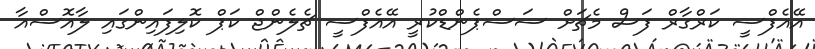
އޭއެފްސީ ކަރްގާރް ފަސް މެޗަށް ސަސްޕެންޑްކުރީ އޭއެފްސީ ޗެލެންޖް ކަޕް ކޮލިފައިންގައި ލާއޮސްއާ